Scottish Certificate of Education, 1963
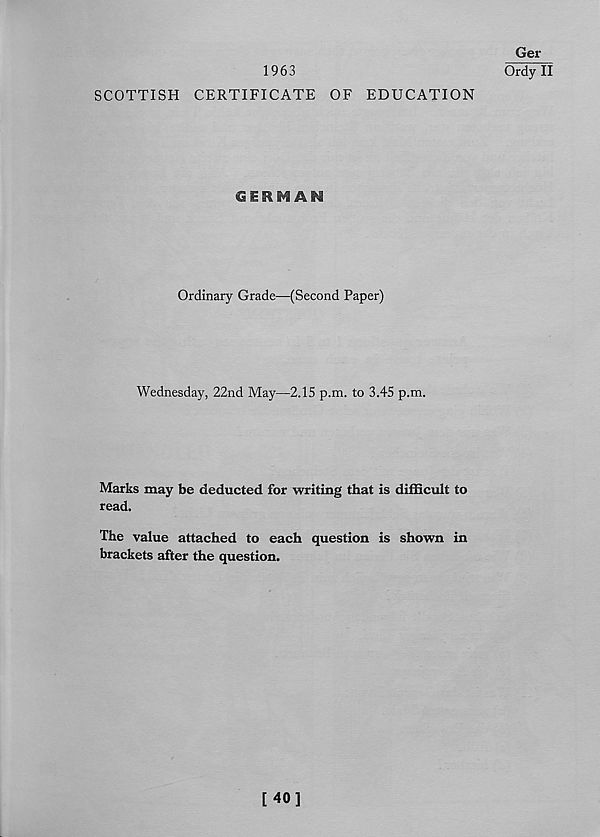
1963
SCOTTISH CERTIFICATE OF EDUCATION
Ger
Ordy II
AN
Ordinary Grade—(Second Paper)
Wednesday, 22nd May—2.15 p.m. to 3.45 p.m.
Marks may be deducted for writing that is difficult to
read.
The value attached to each question is shown in
brackets after the question.
[40]